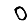
Digit: 0